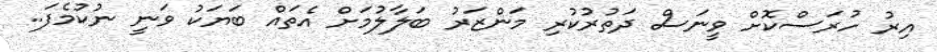
އިރު ހުރަސްކޮށް ވީނަސް ދަތުރުކުރި މަންޒަރު ބަލާލުމަށް އެތައް ބަޔަކު ވަނީ ނުކުމެފަ..